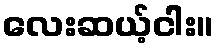
လေးဆယ့်ငါး။